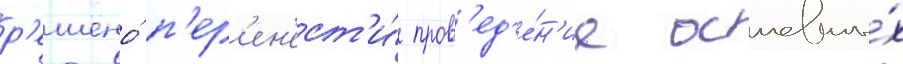
р'ешено́ п'ер'ен'ест'и́ пров'ед'е́н'ие основны́х